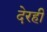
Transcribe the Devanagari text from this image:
देरही